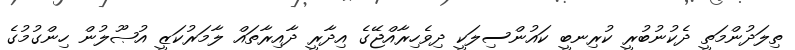
ތިލަދުންމަތީ ދެކުނުބުރީ ކުރިނބީ ކައުންސިލަކީ ދިވެހިރާއްޖޭގެ އިދާރީ ދާއިރާތައް ލާމަރުކަޒީ އުޞޫލުން ހިންގުމުގެ